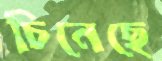
চিনেছে